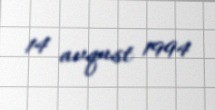
14 avqust 1994